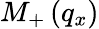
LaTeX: {{M}_{+}}\left({{q}_{x}}\right)